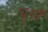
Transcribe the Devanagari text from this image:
धुर्यो